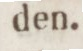
den.